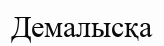
Демалысқа